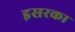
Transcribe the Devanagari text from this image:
इसरका